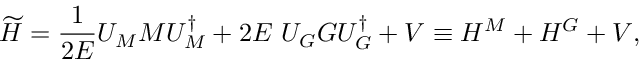
\widetilde { H } = \frac { 1 } { 2 E } U _ { M } M U _ { M } ^ { \dagger } + 2 E \ U _ { G } G U _ { G } ^ { \dagger } + V \equiv H ^ { M } + H ^ { G } + V ,